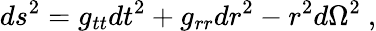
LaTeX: ds^{2}=g_{tt}dt^{2}+g_{rr}dr^{2}-r^{2}d\Omega^{2}\ ,